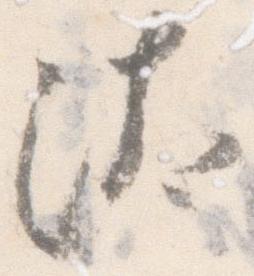
汰